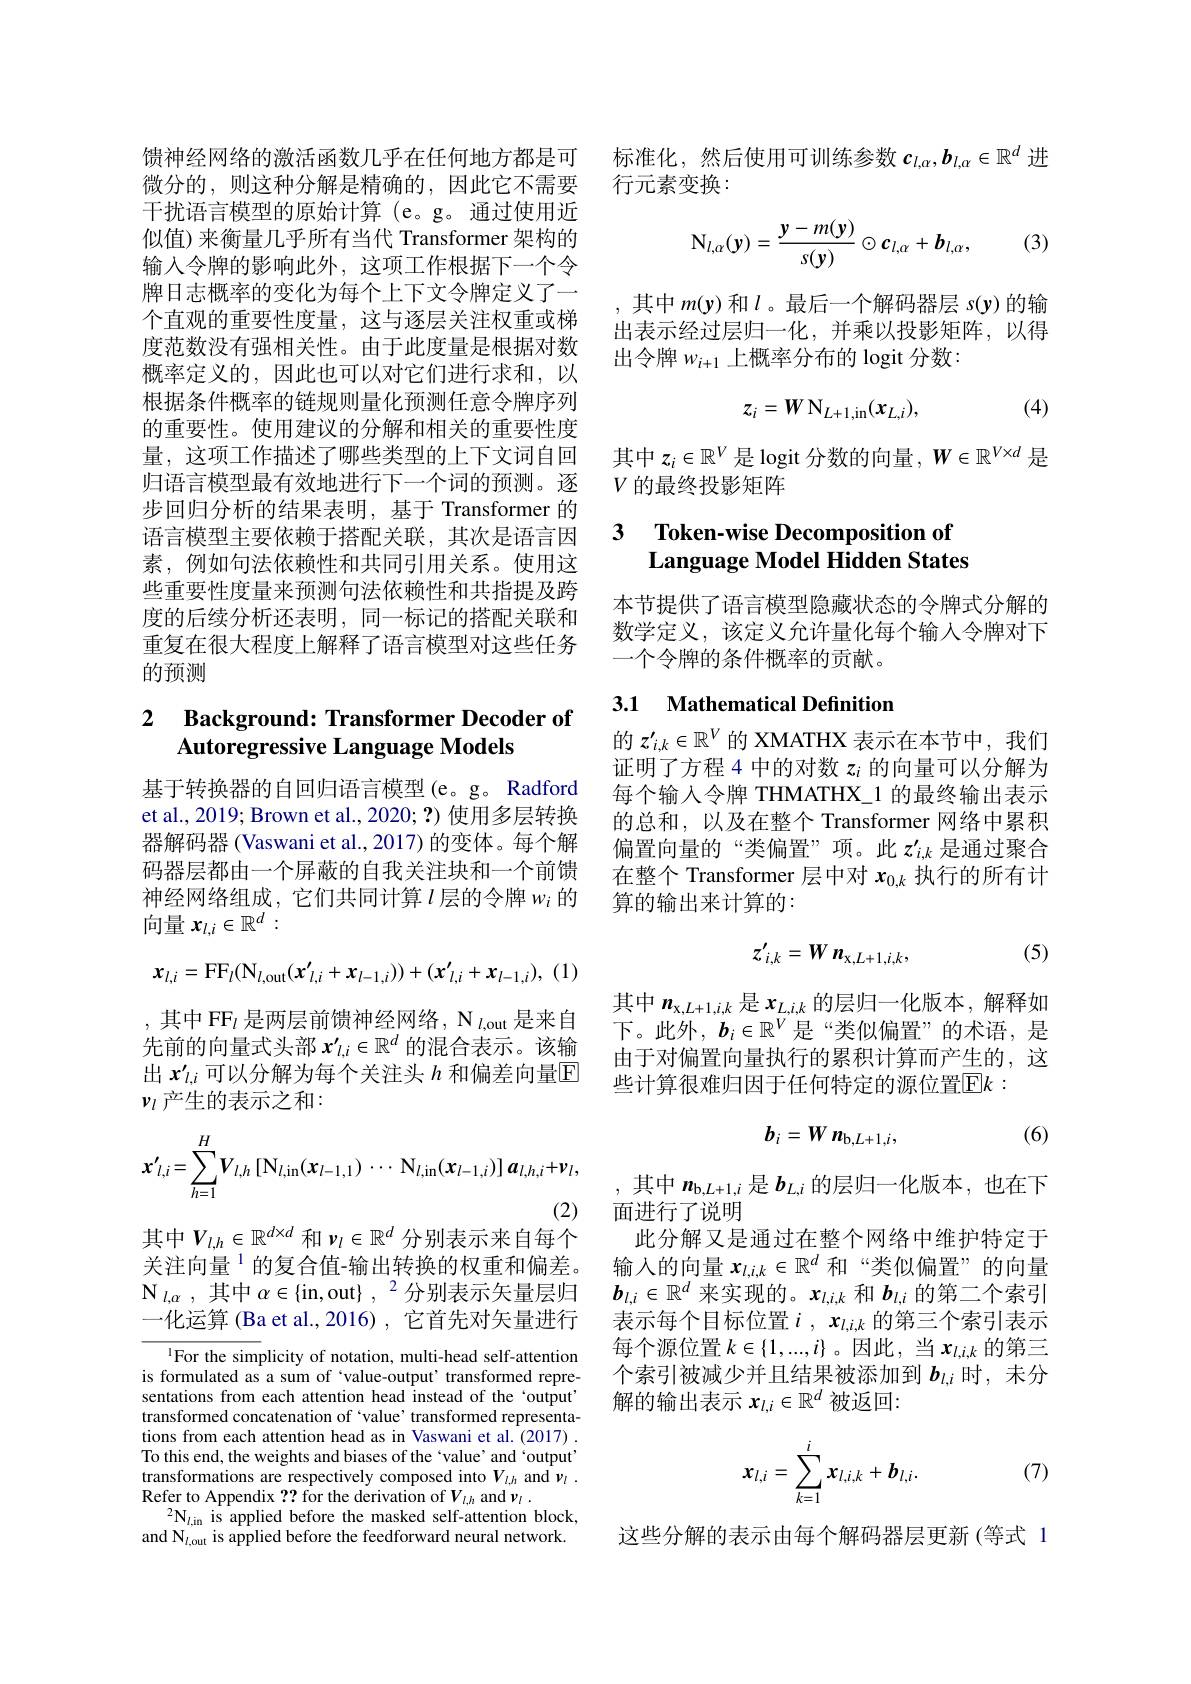
干扰语言模型的原始计算 (e。g。通过使用近似值)来衡量几乎所有当代 Transformer 架构的输入令牌的影响此外，这项工作根据下一个令牌日志概率的变化为每个上下文令牌定义了一个直观的重要性度量，这与逐层关注权重或梯度范数没有强相关性。由于此度量是根据对数概率定义的，因此也可以对它们进行求和，以根据条件概率的链规则量化预测任意令牌序列的重要性。使用建议的分解和相关的重要性度量，这项工作描述了哪些类型的上下文词自回归语言模型最有效地进行下一个词的预测。逐步回归分析的结果表明，基于 Transformer 的语言模型主要依赖于搭配关联，其次是语言因素，例如句法依赖性和共同引用关系。使用这些重要性度量来预测句法依赖性和共指提及跨度的后续分析还表明，同一标记的搭配关联和重复在很大程度上解释了语言模型对这些任务的预测

## 2 $\textbf{Background: Transformer Decoder of}$ Autoregressive Language Models

基于转换器的自回归语言模型(e。g。Radford et al., 2019; Brown et al., 2020; ?) 使用多层转换器解码器 (Vaswani et al., 2017) 的变体。每个解码器层都由一个屏蔽的自我关注块和一个前馈神经网络组成，它们共同计算$\iota$层的令牌$w_i$的向量$x_{l,i}\in\mathbb{R}^d:$
$$x_{l,i}=\mathrm{FF}_{l}(\mathrm{N}_{l,\mathrm{out}}(x'_{l,i}+x_{l-1,i}))+(x'_{l,i}+x_{l-1,i}),$$
, 其中 FF$_l$ 是两层前馈神经网络，N$_l$,out 是来自先前的向量式头部$x_l,i^{\prime}\in\mathbb{R}^d$的混合表示。该输出$x_{l,i}^{\prime}$可以分解为每个关注头$h$和偏差向量$\mathbb{E}$ $v_l$ 产生的表示之和：
$$x'_{l,i}=\sum_{h=1}^{H}V_{l,h}\left[\mathrm{N}_{l,\mathrm{in}}(x_{l-1,1})\cdots\mathrm{N}_{l,\mathrm{in}}(x_{l-1,i})\right]\boldsymbol{a}_{l,h,i}+\boldsymbol{v}_{l},$$
其中$V_{l,h}\in\mathbb{R}^{d\times d}$和$v_l\in\mathbb{R}^d$分别表示来自每个

关注向量$^{1}$的复合值-输出转换的权重和偏差。$\mathcal{N}_{l,\alpha}$, 其中 $\alpha\in\{$in,out$\},^2$分别表示矢量层归一化运算 (Ba et al.,2016) , 它首先对矢量进行

$^{1}$For the simplicity of notation, multi-head self-attention is formulated as a sum of `value-output' transformed representations from each attention head instead of the `output' transformed concatenation of `value' transformed representations from each attention head as in Vaswani et al.(2017) . To this end, the weights and biases of the `value' and`output' transformations are respectively composed into $V_{l,h}$ and $\nu_l.$ Refer to Appendix ?? for the derivation of $V_l,h$ and $v_l.$
$^{2}\mathbf{N}_{l,\mathrm{in}}$ is applied before the masked self-attention block, and N$_l$,out is applied before the feedforward neural network.

馈神经网络的激活函数几乎在任何地方都是可 标准化，然后使用可训练参数$c_{l,\alpha},\boldsymbol{b}_{l,\alpha}\in\mathbb{R}^d$进
微分的，则这种分解是精确的，因此它不需要 行元素变换：

(3)
$$\mathrm{N}_{l,\alpha}(\mathbf{y})=\frac{\mathbf{y}-m(\mathbf{y})}{s(\mathbf{y})}\odot c_{l,\alpha}+b_{l,\alpha},$$
,其中$m(\mathbf{y})$和$l$。最后一个解码器层$s(\mathbf{y})$的输出表示经过层归一化，并乘以投影矩阵，以得出令牌$w_{i+1}$上概率分布的 logit 分数：
$$z_{i}=W\:\mathrm{N}_{L+1,\mathrm{in}}(x_{L,i}),$$
(4)

其中$z_i\in\mathbb{R}^V$是 logit 分数的向量，$W\in\mathbb{R}^V\times d$是
$V$的最终投影矩阵

### 3 $\textbf{Token- wise Decomposition of}$ Language Model Hidden States

本节提供了语言模型隐藏状态的令牌式分解的数学定义，该定义允许量化每个输人令牌对下一个令牌的条件概率的贡献。

## 3.1 Mathematical Definition

的$z_{i,k}^{\prime}\in\mathbb{R}^V$的 XMATHX 表示在本节中，我们证明了方程 4 中的对数$z_i$的向量可以分解为每个输入令牌 THMATHX\_1 的最终输出表示的总和，以及在整个 Transformer 网络中累积偏置向量的“类偏置”项。此$z_{i,k}^{\prime}$是通过聚合在整个 Transformer 层中对$x_{0,k}$执行的所有计算的输出来计算的：

(5)
$$z'_{i,k}=Wn_{\mathrm{x},L+1,i,k},$$
其中$n_\mathrm{x,L+1,i,k}$是$x_L,i,k$的层归一化版本，解释如下。此外，$\boldsymbol{b}_i\in\mathbb{R}^V$是“类似偏置”的术语，是由于对偏置向量执行的累积计算而产生的，这些计算很难归因于任何特定的源位置$\boxed{\mathrm{F}}k:$
$$b_{i}=W\boldsymbol{n_{\mathrm{b},L+1,i}},$$
(6)

,其中$n_\mathrm{b,L+1,i}$是$b_{L,i}$的层归一化版本，也在下
面进行了说明
此分解又是通过在整个网络中维护特定于输入的向量$x_{l,i,k}\in\mathbb{R}^d$和“类似偏置”的向量$\boldsymbol{b}_{l,i}\in\mathbb{R}^d$来实现的。$x_l,i,k$和$\boldsymbol{b}_l,i$的第二个索引表示每个目标位置$i,x_l,i,k$的第三个索引表示每个源位置$k\in\{1,...,i\}$ 。因此，当$x_l,i,k$的第三个索引被减少并且结果被添加到$b_{l,i}$时，未分解的输出表示$x_{l,i}\in\mathbb{R}^d$被返回：

(7)
$$x_{l,i}=\sum_{k=1}^ix_{l,i,k}+b_{l,i}.$$
这些分解的表示由每个解码器层更新(等式 1